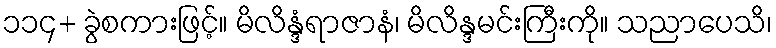
၁၁၄+ ခွဲစကားဖြင့်။ မိလိန္ဒံရာဇာနံ၊ မိလိန္ဒမင်းကြီးကို။ သညာပေသိ၊